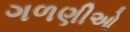
ગળણીઓ